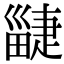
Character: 疀